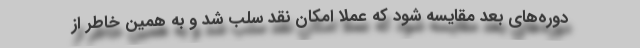
دوره‌های بعد مقایسه شود که عملا امکان نقد سلب شد و به همین خاطر از